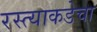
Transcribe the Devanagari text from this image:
रस्त्याकडेचा